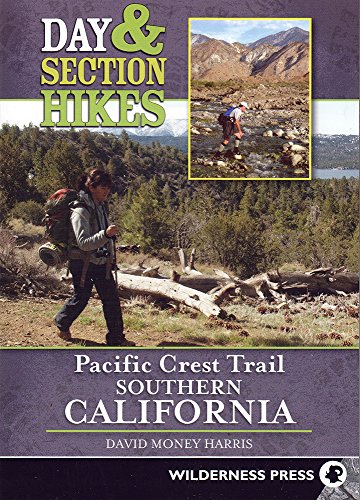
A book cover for Day and Section Hikes Pacific Crest Trail: Southern California (Day & Section Hikes); David Money Harris; Health, Fitness & Dieting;